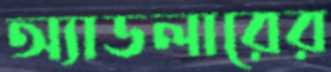
অ্যাডলারের